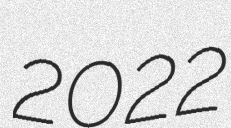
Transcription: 2022